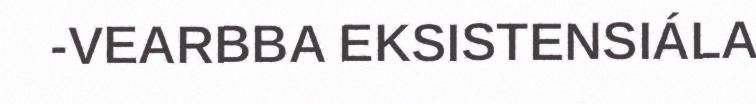
-VEARBBA EKSISTENSIÁLA